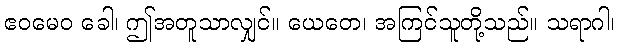
ဧဝမေဝ ခေါ၊ ဤအတူသာလျှင်။ ယေတေ၊ အကြင်သူတို့သည်။ သရာဂါ၊